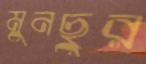
মুনছুর